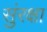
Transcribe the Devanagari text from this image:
सुंरक्षा